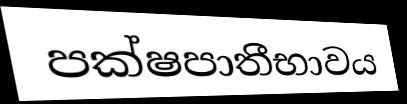
පක්ෂපාතීභාවය